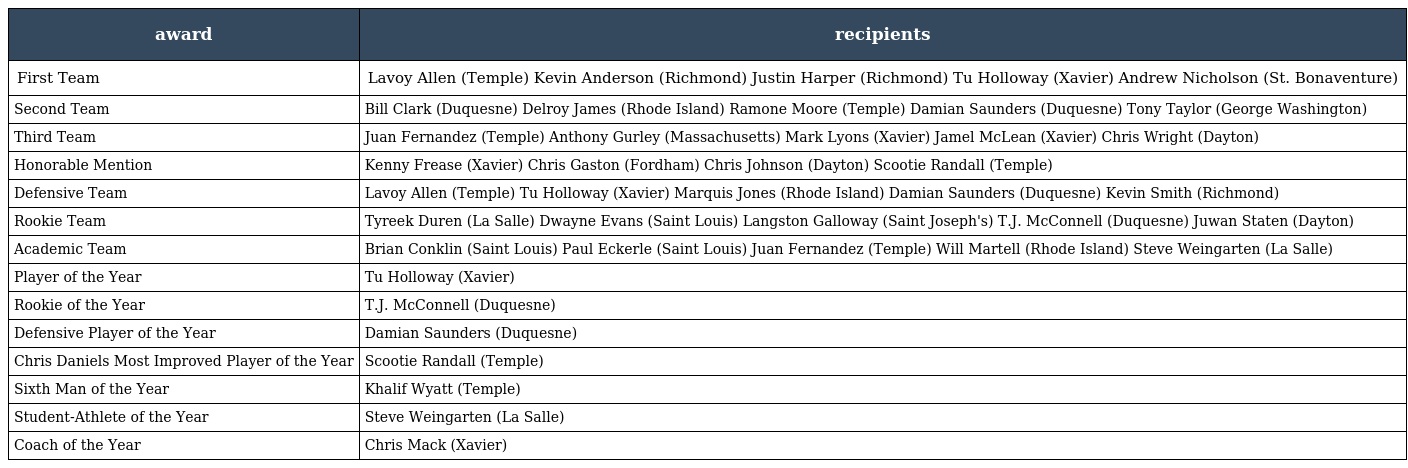
| award | recipients |
 | --- | --- |
 | First Team | Lavoy Allen (Temple) Kevin Anderson (Richmond) Justin Harper (Richmond) Tu Holloway (Xavier) Andrew Nicholson (St. Bonaventure) |
 | Second Team | Bill Clark (Duquesne) Delroy James (Rhode Island) Ramone Moore (Temple) Damian Saunders (Duquesne) Tony Taylor (George Washington) |
 | Third Team | Juan Fernandez (Temple) Anthony Gurley (Massachusetts) Mark Lyons (Xavier) Jamel McLean (Xavier) Chris Wright (Dayton) |
 | Honorable Mention | Kenny Frease (Xavier) Chris Gaston (Fordham) Chris Johnson (Dayton) Scootie Randall (Temple) |
 | Defensive Team | Lavoy Allen (Temple) Tu Holloway (Xavier) Marquis Jones (Rhode Island) Damian Saunders (Duquesne) Kevin Smith (Richmond) |
 | Rookie Team | Tyreek Duren (La Salle) Dwayne Evans (Saint Louis) Langston Galloway (Saint Joseph's) T.J. McConnell (Duquesne) Juwan Staten (Dayton) |
 | Academic Team | Brian Conklin (Saint Louis) Paul Eckerle (Saint Louis) Juan Fernandez (Temple) Will Martell (Rhode Island) Steve Weingarten (La Salle) |
 | Player of the Year | Tu Holloway (Xavier) |
 | Rookie of the Year | T.J. McConnell (Duquesne) |
 | Defensive Player of the Year | Damian Saunders (Duquesne) |
 | Chris Daniels Most Improved Player of the Year | Scootie Randall (Temple) |
 | Sixth Man of the Year | Khalif Wyatt (Temple) |
 | Student-Athlete of the Year | Steve Weingarten (La Salle) |
 | Coach of the Year | Chris Mack (Xavier) |